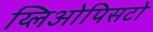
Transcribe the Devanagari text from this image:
य्लिओपिसटो